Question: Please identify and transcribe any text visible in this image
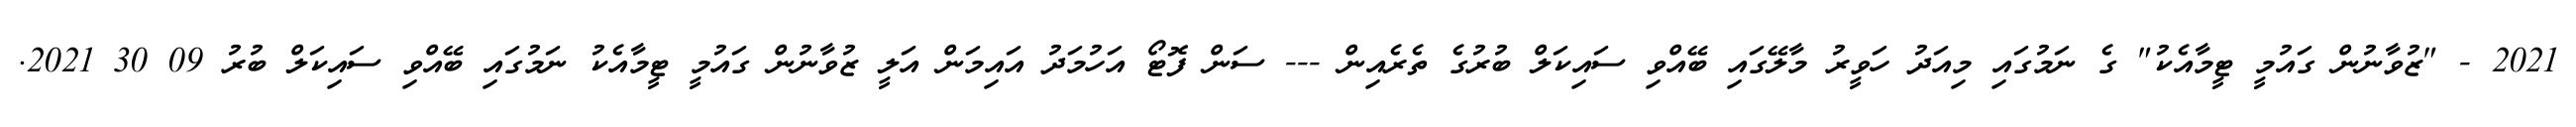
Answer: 2021 - "ޒުވާނުން ގައުމީ ޓީމާއެކު" ގެ ނަމުގައި މިއަދު ހަވީރު މާލޭގައި ބޭއްވި ސައިކަލް ބުރުގެ ތެރެއިން --- ސަން ފޮޓޯ އަހުމަދު އައިމަން އަލީ ޒުވާނުން ގައުމީ ޓީމާއެކު ނަމުގައި ބޭއްވި ސައިކަލް ބުރު 09 30 2021.